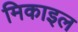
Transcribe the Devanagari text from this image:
मिकाइल